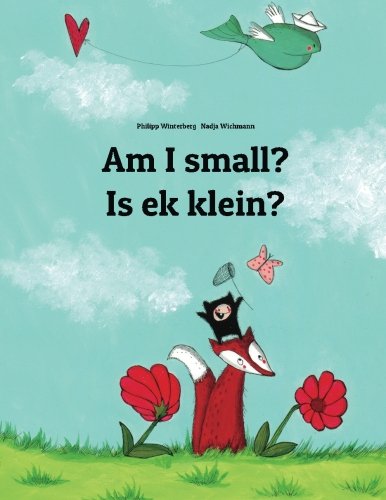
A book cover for Am I small? Is ek klein?: Children's Picture Book English-Afrikaans (Bilingual Edition); Philipp Winterberg; Children's Books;